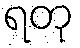
ရတု